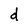
Character: d